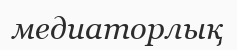
медиаторлық